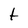
Character: t